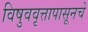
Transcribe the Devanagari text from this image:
विषुववृत्तापासूनचे